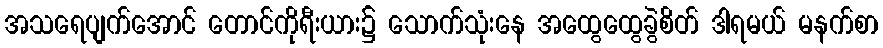
အသရေပျက်အောင် တောင်ကိုရီးယား၌ သောက်သုံးနေ အထွေထွေခွဲစိတ် ဒါရမယ် မနက်စာ